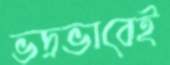
ভদ্রভাবেই